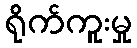
ရိုက်ကူးမှု